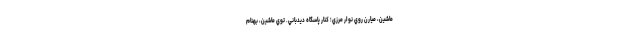
ماشين، ميارن روي نوار مرزي؛ كنار پاسگاه ديدباني. توي ماشين، بهنام